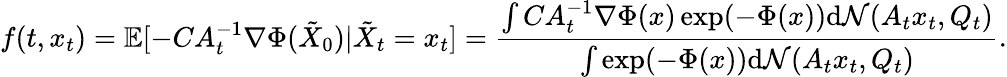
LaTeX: f(t,x_{t})=\mathbb{E}[-CA_{t}^{-1}\nabla\Phi(\tilde{X}_{0})|\tilde{X}_{t}=x_{t}]=\frac{\int CA_{t}^{-1}\nabla\Phi(x)\exp(-\Phi(x))\mathrm{d}\mathcal{N}(A_{t}x_{t},Q_{t})}{\int\exp(-\Phi(x))\mathrm{d}\mathcal{N}(A_{t}x_{t},Q_{t})}.